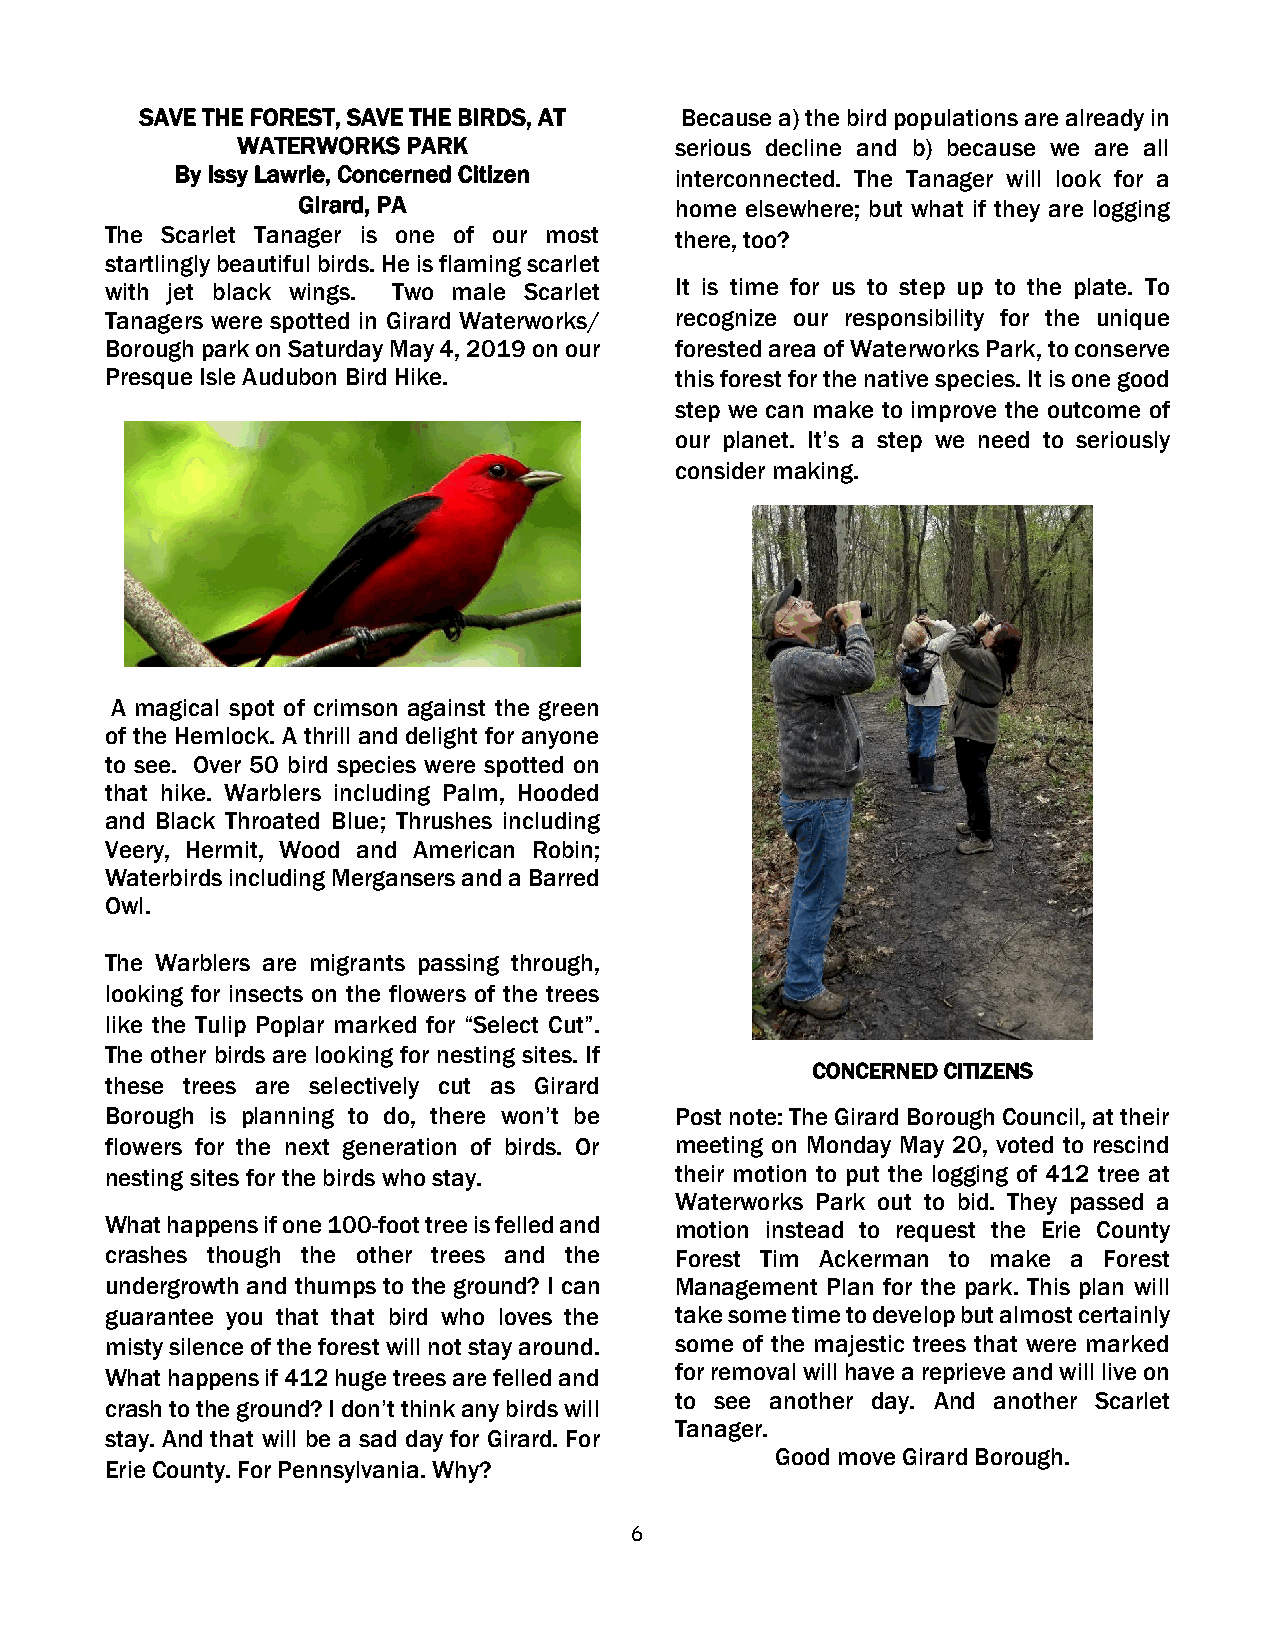
SAVE THE FOREST, SAVE THE BIRDS, AT Because a) the bird populations are already in
 WATERWORKS PARK              serious decline and b) because we are all
 By Issy Lawrie, Concerned Citizen interconnected. The Tanager will look for a
 Girard, PA               home elsewhere; but what if they are logging
 The Scarlet Tanager is one of our most there, too?
 startlingly beautiful birds. He is flaming scarlet
 with jet black wings. Two male Scarlet It is time for us to step up to the plate. To
 Tanagers were spotted in Girard Waterworks/ recognize our responsibility for the unique
 Borough park on Saturday May 4, 2019 on our forested area of Waterworks Park, to conserve
 Presque Isle Audubon Bird Hike.       this forest for the native species. It is one good
 step we can make to improve the outcome of
 our planet. It’s a step we need to seriously
 consider making.
 A magical spot of crimson against the green
 of the Hemlock. A thrill and delight for anyone
 to see. Over 50 bird species were spotted on
 that hike. Warblers including Palm, Hooded
 and Black Throated Blue; Thrushes including
 Veery, Hermit, Wood and American Robin;
 Waterbirds including Mergansers and a Barred
 Owl.
 The Warblers are migrants passing through,
 looking for insects on the flowers of the trees
 like the Tulip Poplar marked for “Select Cut”.
 The other birds are looking for nesting sites. If
 CONCERNED CITIZENS
 these trees are selectively cut as Girard
 Borough is planning to do, there won’t be Post note: The Girard Borough Council, at their
 flowers for the next generation of birds. Or meeting on Monday May 20, voted to rescind
 nesting sites for the birds who stay. their motion to put the logging of 412 tree at
 Waterworks Park out to bid. They passed a
 What happens if one 100-foot tree is felled and motion instead to request the Erie County
 crashes though the other trees and the Forest Tim Ackerman to make a Forest
 undergrowth and thumps to the ground? I can Management Plan for the park. This plan will
 guarantee you that that bird who loves the take some time to develop but almost certainly
 misty silence of the forest will not stay around. some of the majestic trees that were marked
 What happens if 412 huge trees are felled and for removal will have a reprieve and will live on
 to see another day. And another Scarlet
 crash to the ground? I don’t think any birds will
 Tanager.
 stay. And that will be a sad day for Girard. For
 Good move Girard Borough.
 Erie County. For Pennsylvania. Why?
 6